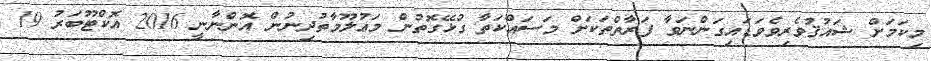
މިކަމަށް ޝައުޤުވެރިވެވަޑައިގަންނަވާ ފަރާތްތަކަށް މަސައްކަތާ ގުޅޭގޮތުން މަޢުލޫމާތުދިނުން އޮންނާނީ 2016 އޮކްޓޫބަރު 19